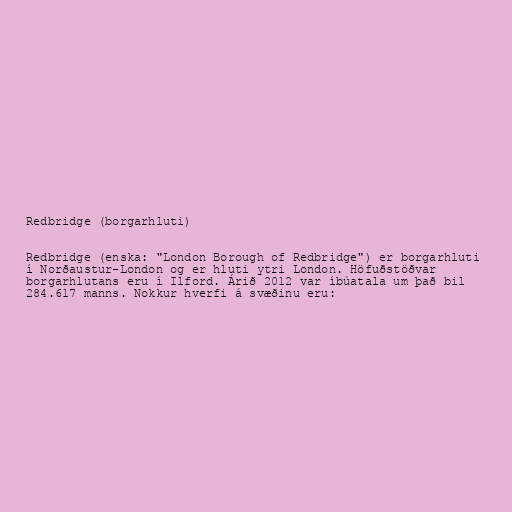
Redbridge (borgarhluti)

Redbridge (enska: "London Borough of Redbridge") er borgarhluti
í Norðaustur-London og er hluti ytri London. Höfuðstöðvar
borgarhlutans eru í Ilford. Árið 2012 var íbúatala um það bil
284.617 manns. Nokkur hverfi á svæðinu eru: